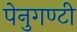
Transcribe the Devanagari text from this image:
पेनुगण्टी